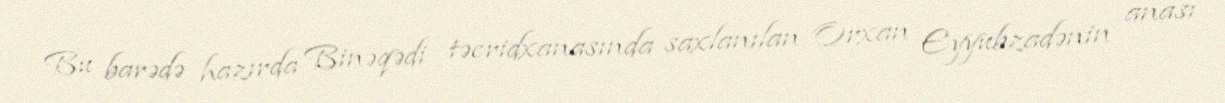
Bu barədə hazırda Binəqədi təcridxanasında saxlanılan Orxan Eyyubzadənin anası